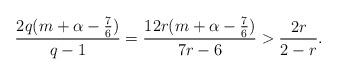
LaTeX: \begin{align*}\frac{2q(m+\alpha-\frac76)}{q-1}=\frac{12r(m+\alpha-\frac76)}{7r-6}>\frac{2r}{2-r}.\end{align*}